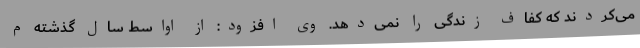
می‌کردند که کفاف زندگی را نمی‌دهد. وی افزود: از اواسط سال گذشته م